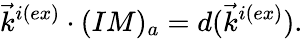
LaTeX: \vec{k}^{i(ex)}\cdot(IM)_{a}=d(\vec{k}^{i(ex)}).